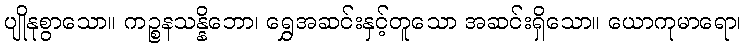
ပျိုနုစွာသော။ ကဉ္စနသန္နိဘော၊ ရွှေအဆင်းနှင့်တူသော အဆင်းရှိသော။ ယောကုမာရော၊